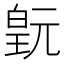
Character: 𬐍